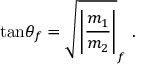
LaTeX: \mathrm { t a n } \theta _ { f } = \sqrt { \left| { \frac { m _ { 1 } } { m _ { 2 } } } \right| } _ { f } ~ .